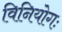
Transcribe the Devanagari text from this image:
विनियोगः